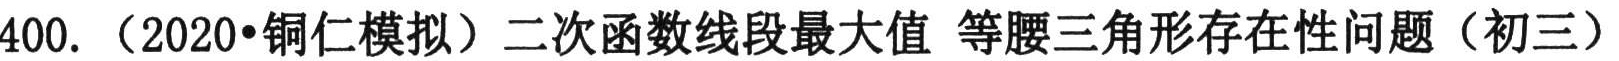
400.（2020•铜仁模拟）二次函数线段最大值 等腰三角形存在性问题（初三）